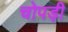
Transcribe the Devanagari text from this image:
चोपड़ी